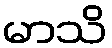
မာသိ